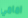
امامي